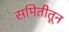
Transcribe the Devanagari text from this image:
समितीतून